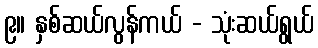
၉။ နှစ်ဆယ်လွန်ကယ် - သုံးဆယ်ရွယ်